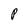
Character: P